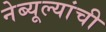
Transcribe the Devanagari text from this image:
नेब्यूल्यांची